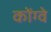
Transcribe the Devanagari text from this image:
कोंग्वे